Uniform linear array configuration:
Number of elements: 4
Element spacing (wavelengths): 0.25
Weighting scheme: exponential
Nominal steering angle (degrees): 15
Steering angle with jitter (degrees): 13.063
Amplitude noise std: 0.05
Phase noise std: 0.05

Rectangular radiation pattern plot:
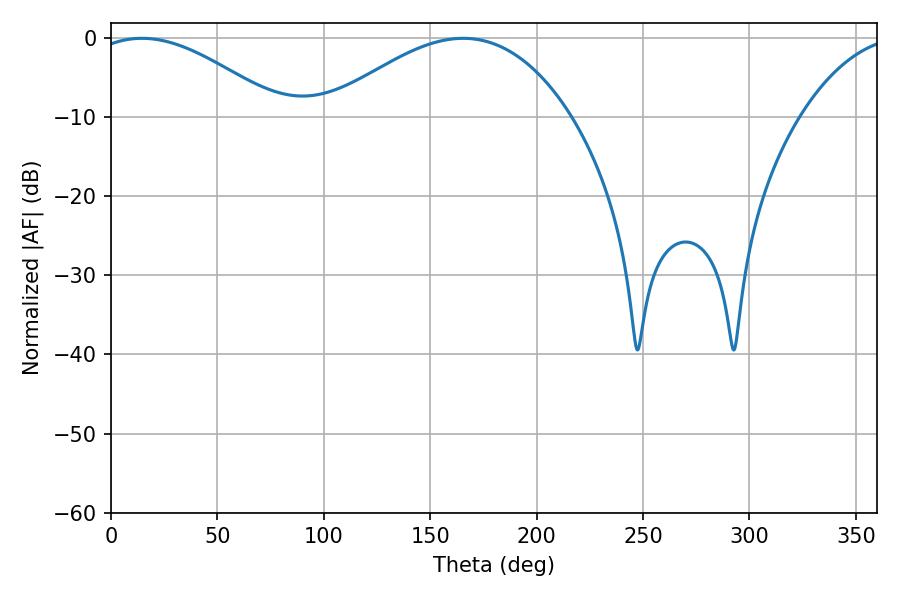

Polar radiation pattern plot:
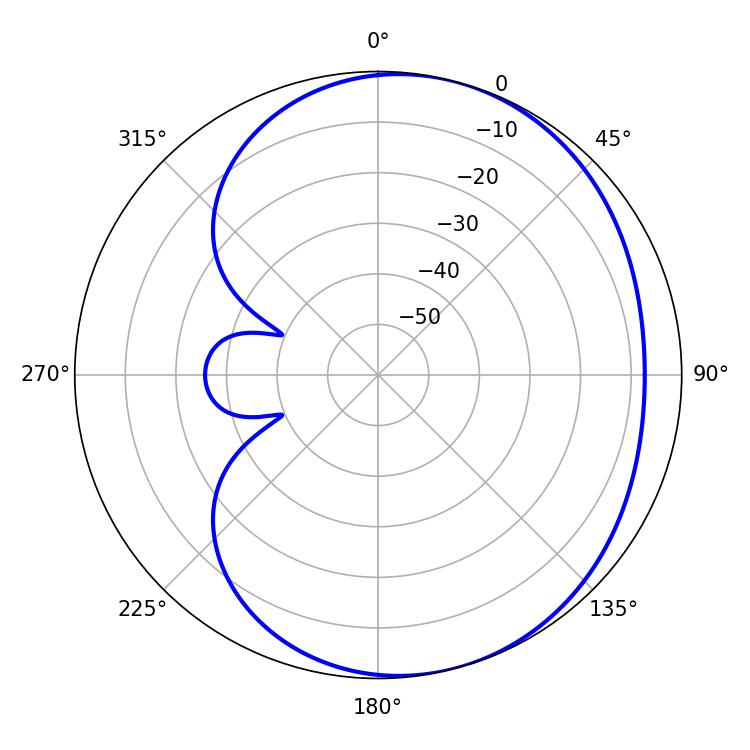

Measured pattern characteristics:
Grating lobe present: FALSE
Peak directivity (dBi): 4.224
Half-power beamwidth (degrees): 48.96
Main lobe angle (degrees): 14.58